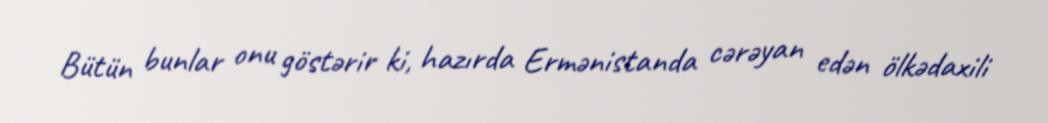
Bütün bunlar onu göstərir ki, hazırda Ermənistanda cərəyan edən ölkədaxili